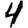
Digit: 4